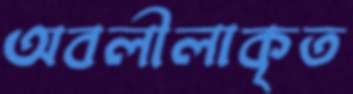
অবলীলাকৃত